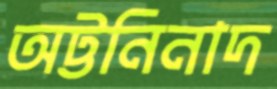
অট্টনিনাদ